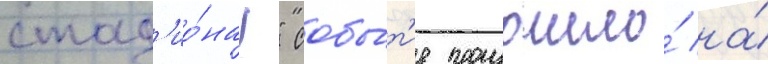
стад'ио́на!" собы́т'ие произошло́ на́